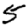
Digit: 5